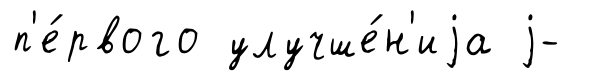
п'е́рвого улучше́н'иjа j-